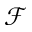
\mathcal { F }